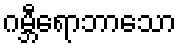
ဂမ္ဘီရောဘာသော